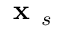
\textbf { x } _ { s }